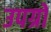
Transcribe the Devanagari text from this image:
उपग्रों